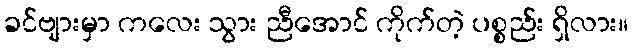
ခင်ဗျားမှာ ကလေး သွား ညီအောင် ကိုက်တဲ့ ပစ္စည်း ရှိလား။